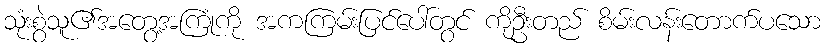
သုံးစွဲသူ၏အတွေ့အကြုံကို အကကြမ်းပြင်ပေါ်တွင် ကိုဦးတည် စိမ်းလန်းတောက်ပသော